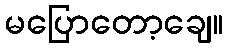
မပြောတော့ချေ။